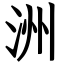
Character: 洲